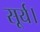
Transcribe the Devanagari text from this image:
सूर्य।